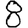
Digit: 8